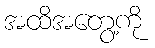
အထိအတွေ့ကို